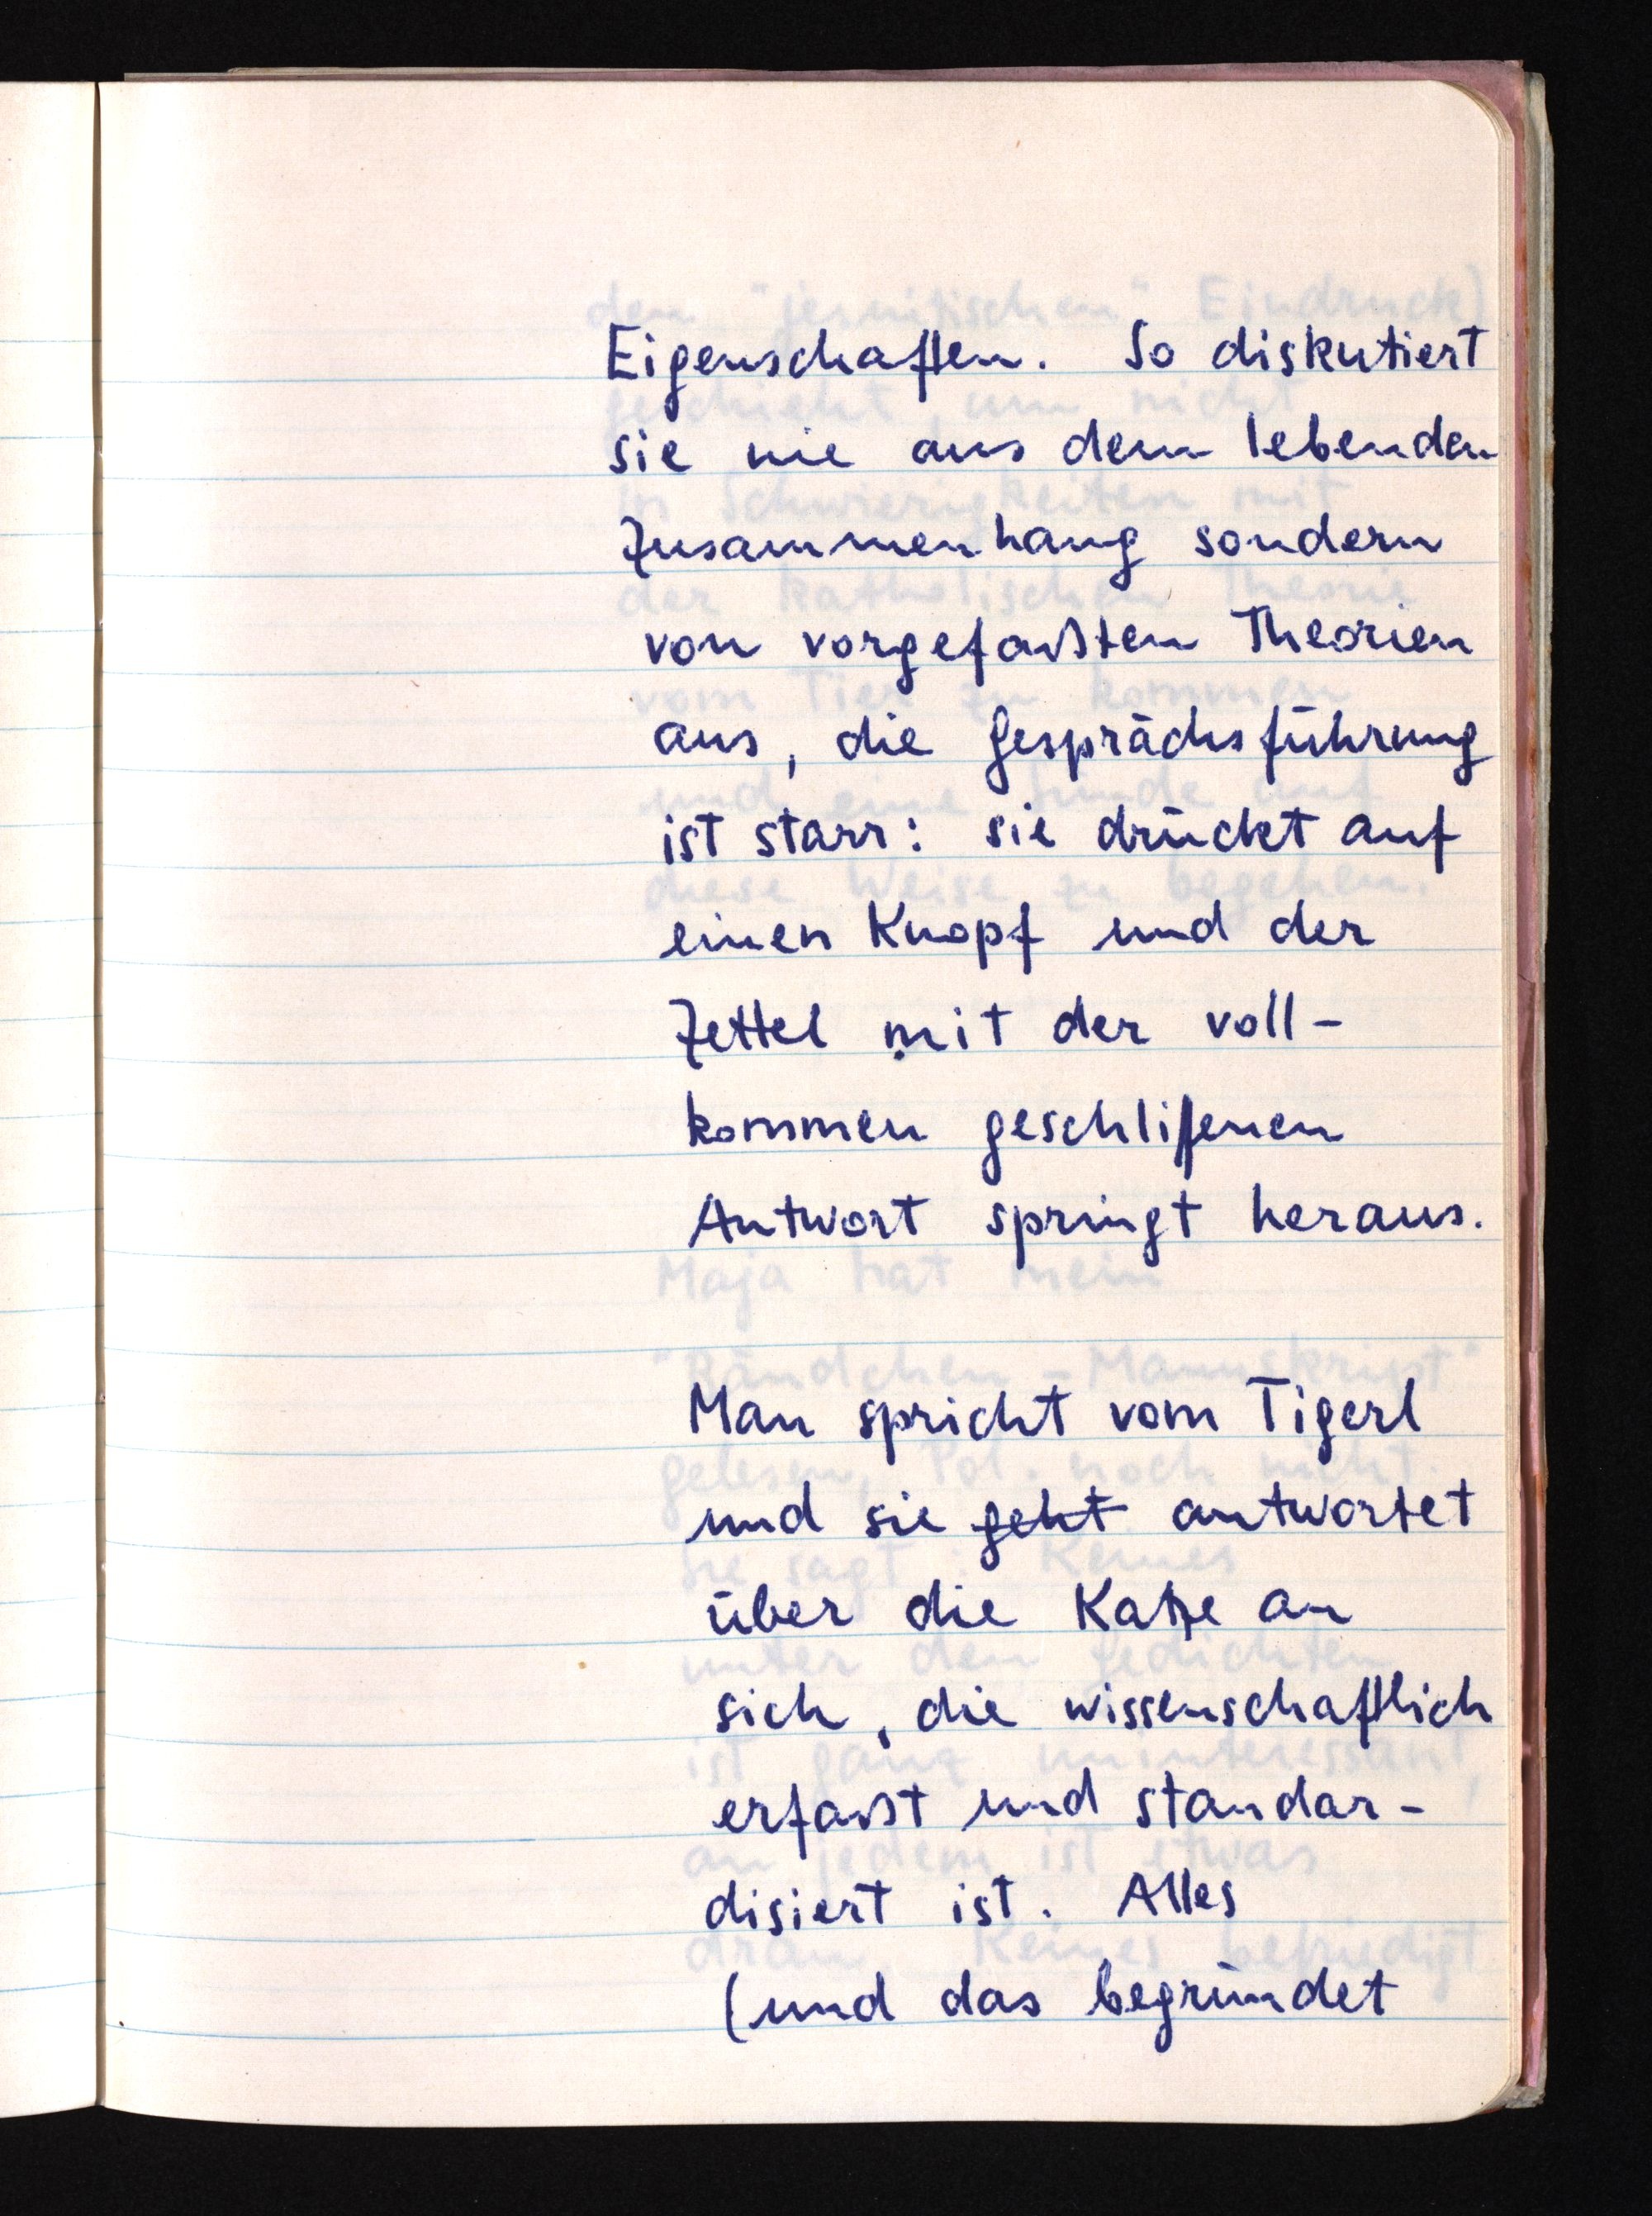
Eigenschaften. So diskutiert
sie nie aus dem lebenden
Zusammenhang sondern
von vorgefaßten Theorien
aus, die Gesprächsführung
ist starr: sie drückt auf
einen Knopf und der
Zettel mit der voll¬
kommen geschliffenen
Antwort springt heraus.
Man spricht vom Tigerl
und sie geht antwortet
über die Katze an
sich, die wissenschaftlich
erfaßt und standar¬
disiert ist. Alles
(und das begründet